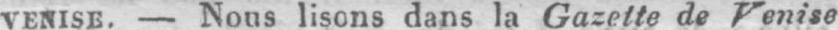
VENISE. - Nous lisons dans la Gazette de Venise